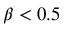
\beta < 0 . 5